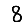
Digit: 8